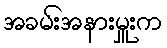
အခမ်းအနားမှူးက